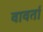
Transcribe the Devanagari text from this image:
वावर्ता